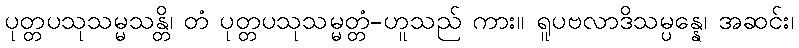
ပုတ္တပသုသမ္မသန္တိ၊ တံ ပုတ္တပသုသမ္မတ္တံ-ဟူသည် ကား။ ရူပဗလာဒိသမ္ပန္နေ၊ အဆင်း၊